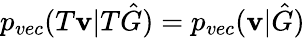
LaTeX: p_{vec}(T\mathbf{v}|T\hat{G})=p_{vec}(\mathbf{v}|\hat{G})